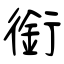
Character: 銜